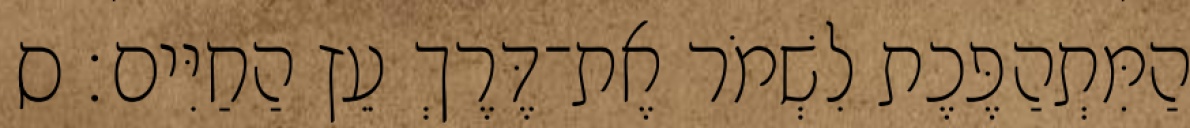
הַמִּתְהַפֶּכֶת לִשְׁמֹר אֶת־דֶּרֶךְ עֵץ הַחַיִּים׃ ס